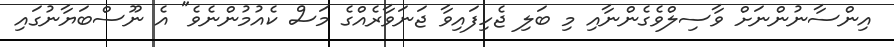
އިންސާނުންނަށް ވާސިލްވެގެންނާއި މި ބަލި ޖެހިފައިވާ ޖަނަވާރެއްގެ މަސް ކެއުމުންނެވެ" އެ ނޫސްބަޔާނުގައި